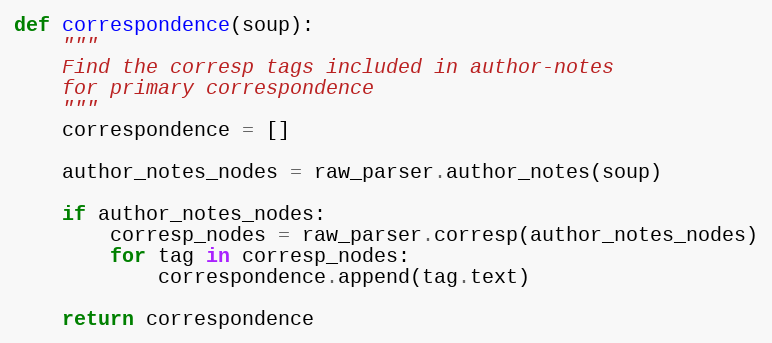
Language: Python
def correspondence(soup):
    """
    Find the corresp tags included in author-notes
    for primary correspondence
    """
    correspondence = []

    author_notes_nodes = raw_parser.author_notes(soup)

    if author_notes_nodes:
        corresp_nodes = raw_parser.corresp(author_notes_nodes)
        for tag in corresp_nodes:
            correspondence.append(tag.text)

    return correspondence